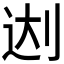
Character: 𰄬